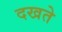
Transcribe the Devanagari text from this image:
दखते